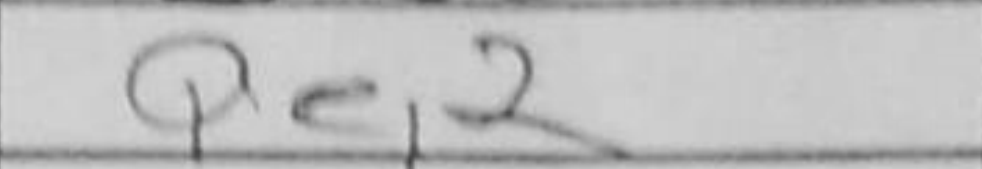
Transcription: Qe2